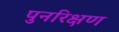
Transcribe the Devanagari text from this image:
पुनरिक्षण